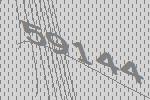
59144